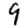
Digit: 9